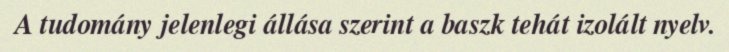
A tudomány jelenlegi állása szerint a baszk tehát izolált nyelv.